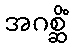
အဂစ္ဆိံ